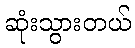
ဆုံးသွားတယ်